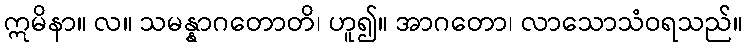
ဣမိနာ။ လ။ သမန္နာဂတောတိ၊ ဟူ၍။ အာဂတော၊ လာသောသံဝရသည်။